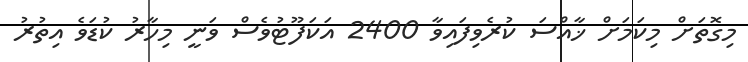
މިގޮތަށް މިކަމަށް ޚާއްސަ ކުރެވިފައިވާ 2400 އަކަފޫޓުވެސް ވަނީ މިހާރު ކުޑަވެ އިތުރު